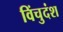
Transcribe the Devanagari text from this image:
विंचुदंश